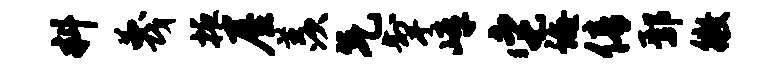
料蔑掖屋羡气掣嶂它诲倩鄢徵